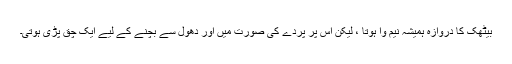
بیٹھک کا دروازہ ہمیشہ نیم وا ہوتا ، لیکن اس پر پردے کی صورت میں اور دھول سے بچنے کے لیے ایک چق پڑی ہوتی۔